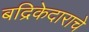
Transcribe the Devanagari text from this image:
बद्रिकेदाराचे